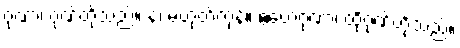
ဂုဏာ၊ ဂုဏ်တို့သည်။ န၊ မဟုတ်ကုန်။ ဧတေဂုဏာ၊ ထိုဂုဏ်တို့သည်။